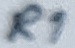
Text: R1